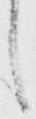
し